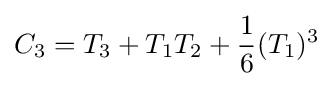
C_{3}=T_{3}+T_{1}T_{2}+{\frac {1}{6}}(T_{1})^{3}